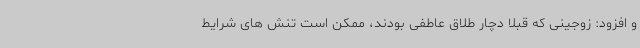
و افزود: زوجینی که قبلا دچار طلاق عاطفی بودند، ممکن است تنش های شرایط